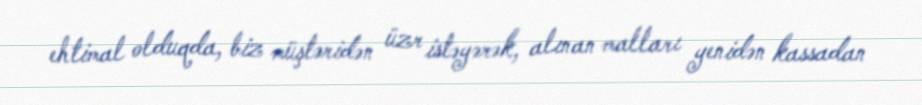
ehtimal olduqda, biz müştəridən üzr istəyərək, alınan malları yenidən kassadan